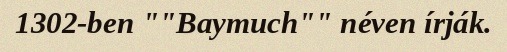
1302-ben ""Baymuch"" néven írják.